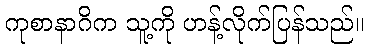
ကုစာနာဂိက သူ့ကို ဟန့်လိုက်ပြန်သည်။